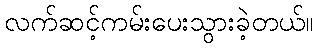
လက်ဆင့်ကမ်းပေးသွားခဲ့တယ်။